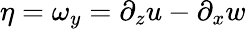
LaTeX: \eta=\omega_{y}=\partial_{z}u-\partial_{x}w